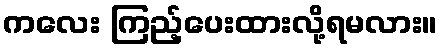
ကလေး ကြည့်ပေးထားလို့ရမလား။